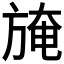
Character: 𣃾